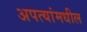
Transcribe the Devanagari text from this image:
अपत्यांमधील